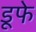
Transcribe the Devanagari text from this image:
डूफे